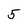
Character: 5